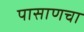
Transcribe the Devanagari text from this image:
पासाणचा